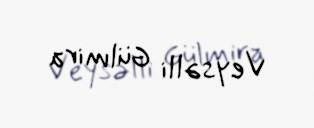
Veysəlli Gülmira